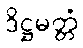
ဒိဋ္ဌမတ္တံ